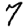
Digit: 7